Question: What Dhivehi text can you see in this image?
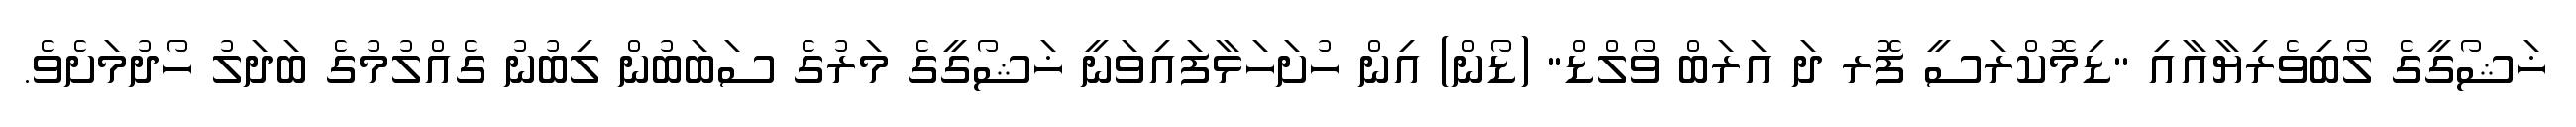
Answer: ޚަޝޯގީގެ ލޯބިވެރިޔާއާއި "ޑިމޮކްރަސީ ފޮރ ދަ އަރަބް ވޯލްޑް" (ޑޯން) އިން ހުށަހަޅާފައިވަނީ ޚަޝޯގީގެ މަރުގެ ސަބަބުން ލިބުނު ގެއްލުމުގެ ބަދަލު ހޯދުމަށެވެ.